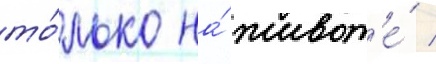
то́лько на́ живот'е́ /